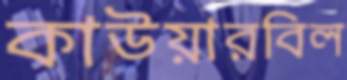
কাউয়ারবিল